Indian journal of veterinary science and animal husbandry - Volumes 22-23, 1952-1953
Year: 1952
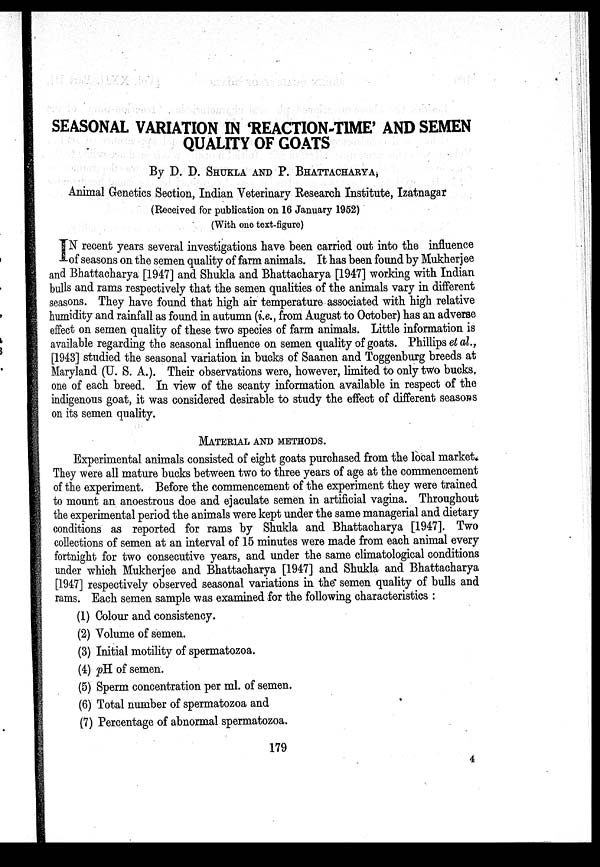
SEASONAL VARIATION IN 'REACTION-TIME' AND SEMEN
QUALITY OF GOATS
By D. D. SHUKLA AND P. BHATTACHARYA,
Animal Genetics Section, Indian Veterinary Research Institute, Izatnagar
(Received for publication on 16 January 1952)
(With one text-figure)
IN recent years several investigations have been carried out into the influence
of seasons on the semen quality of farm animals. It has been found by Mukherjee
and Bhattacharya [1947] and Shukla and Bhattacharya [1947] working with Indian
bulls and rams respectively that the semen qualities of the animals vary in different
seasons. They have found that high air temperature associated with high relative
humidity and rainfall as found in autumn (i.e., from August to October) has an adverse
effect on semen quality of these two species of farm animals. Little information is
available regarding the seasonal influence on semen quality of goats. Phillips et al.,
[1943] studied the seasonal variation in bucks of Saanen and Toggenburg breeds at
Maryland (U. S. A.). Their observations were, however, limited to only two bucks,
one of each breed. In view of the scanty information available in respect of the
indigenous goat, it was considered desirable to study the effect of different seasons
on its semen quality.
MATERIAL AND METHODS.
Experimental animals consisted of eight goats purchased from the local market
They were all mature bucks between two to three years of age at the commencement
of the experiment. Before the commencement of the experiment they were trained
to mount an anoestrous doe and ejaculate semen in artificial vagina. Throughout
the experimental period the animals were kept under the same managerial and dietary
conditions as reported for rams by Shukla and Bhattacharya [1947]. Two
collections of semen at an interval of 15 minutes were made from each animal every
fortnight for two consecutive years, and under the same climatological conditions
under which Mukherjee and Bhattacharya [1947] and Shukla and Bhattacharya
[1947] respectively observed seasonal variations in the semen quality of bulls and
rams. Each semen sample was examined for the following characteristics :
(1) Colour and consistency.
(2) Volume of semen.
(3) Initial motility of spermatozoa.
(4) pH of semen.
(5) Sperm concentration per ml. of semen.
(6) Total number of spermatozoa and
(7) Percentage of abnormal spermatozoa.
179